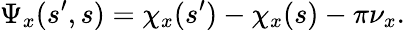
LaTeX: \displaystyle\Psi_{x}(s^{\prime},s)=\chi_{x}(s^{\prime})-\chi_{x}(s)-\pi\nu_{x}.